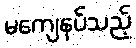
မကျေနပ်သည့်